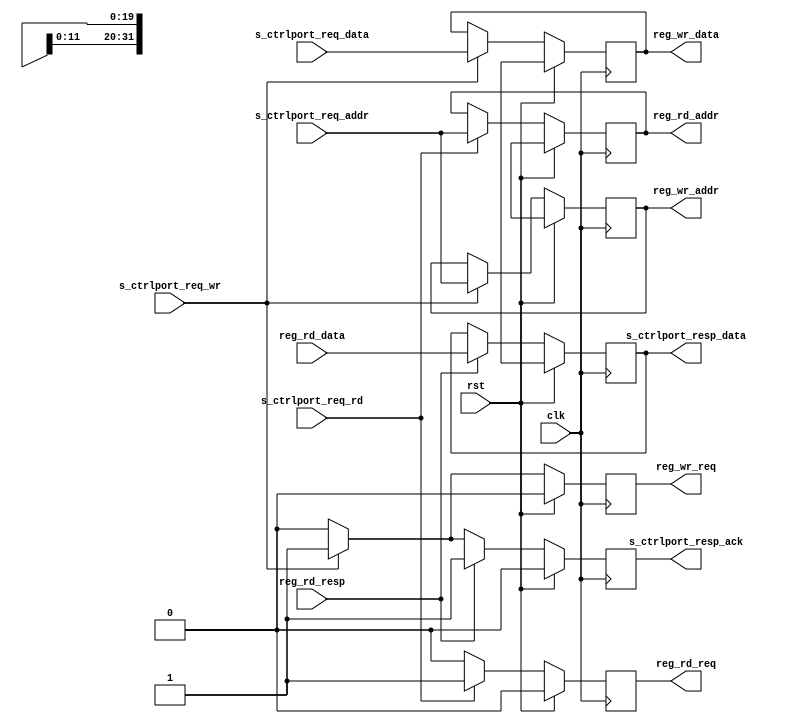
//
// Copyright 2020 Ettus Research, a National Instruments Brand
//
// SPDX-License-Identifier: LGPL-3.0-or-later
//
// Module: ctrlport_to_regport
//
// Description:
//
//   This is a bridge that converts a CtrlPort request to a RegPort request. No
//   address translation or filtering is performed. In the case where the
//   REG_AWIDTH and/or REG_DWIDTH parameters don't match the widths used by
//   CtrlPort, the address and data are simply resized according to Verilog
//   rules.
//
//   Because RegPort doesn't acknowledge writes, this block will acknowledge
//   every write request. The designer must ensure that all requests are for
//   the address space behind this bridge or else they may get an unintended
//   write acknowledgment from this block.
//
// Parameters:
//
//   REG_AWIDTH : Width of the RegPort address bus
//   REG_DWIDTH : Width of the RegPort data bugs


module ctrlport_to_regport #(
  parameter REG_AWIDTH = 20,
  parameter REG_DWIDTH = 32
) (
  input clk,
  input rst,

  input  wire        s_ctrlport_req_wr,
  input  wire        s_ctrlport_req_rd,
  input  wire [19:0] s_ctrlport_req_addr,
  input  wire [31:0] s_ctrlport_req_data,
  output reg         s_ctrlport_resp_ack   = 1'b0,
  output reg  [31:0] s_ctrlport_resp_data  = 'bX,

  output reg                   reg_wr_req   = 1'b0,
  output reg  [REG_AWIDTH-1:0] reg_wr_addr  = 'bX,
  output reg  [REG_DWIDTH-1:0] reg_wr_data  = 'bX,
  output reg                   reg_rd_req   = 1'b0,
  output reg  [REG_AWIDTH-1:0] reg_rd_addr  = 'bX,
  input  wire                  reg_rd_resp,
  input  wire [REG_DWIDTH-1:0] reg_rd_data
);

  always @(posedge clk) begin
    if (rst) begin
      s_ctrlport_resp_ack  <= 1'b0;
      s_ctrlport_resp_data <= 'bx;
      reg_wr_req           <= 1'b0;
      reg_wr_addr          <= 'bX;
      reg_wr_data          <= 'bX;
      reg_rd_req           <= 1'b0;
      reg_rd_addr          <= 'bX;
    end else begin
      // Default assignments
      s_ctrlport_resp_ack <= 1'b0;
      reg_wr_req          <= 1'b0;
      reg_rd_req          <= 1'b0;

      // Translate write requests
      if (s_ctrlport_req_wr) begin
        reg_wr_req  <= 1'b1;
        reg_wr_addr <= s_ctrlport_req_addr;
        reg_wr_data <= s_ctrlport_req_data;

        // RegPort has no write acknowledge, so we acknowledge every write
        s_ctrlport_resp_ack <= 1'b1;
      end

      // Translate read requests
      if (s_ctrlport_req_rd) begin
        reg_rd_req  <= 1'b1;
        reg_rd_addr <= s_ctrlport_req_addr;
      end

      // Translate read responses
      if (reg_rd_resp) begin
        s_ctrlport_resp_ack  <= 1'b1;
        s_ctrlport_resp_data <= reg_rd_data;
      end

    end
  end

endmodule